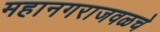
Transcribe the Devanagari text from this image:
महानगराजवळचे